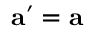
\mathbf { a } ^ { \prime } = \mathbf { a }